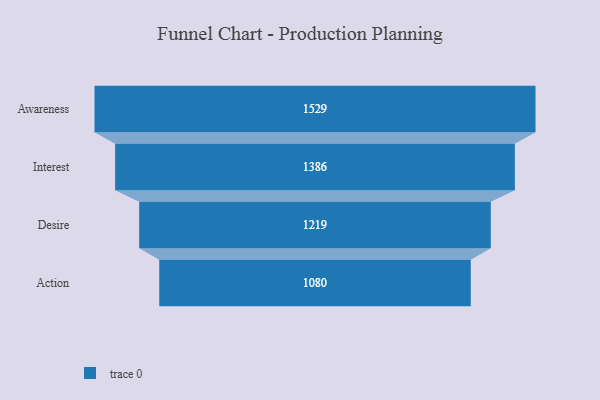
{"axis": {"x": "Stage", "y": "Value"}, "legend": [""], "data": [{"x": "Awareness", "y": 1529.0, "type": ""}, {"x": "Interest", "y": 1386.0, "type": ""}, {"x": "Desire", "y": 1219.0, "type": ""}, {"x": "Action", "y": 1080.0, "type": ""}]}